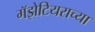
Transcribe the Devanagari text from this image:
गॅझेटियराच्या